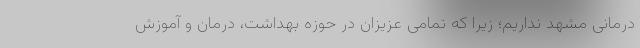
درمانی مشهد نداریم؛ زیرا که تمامی عزیزان در حوزه بهداشت، درمان و آموزش